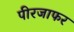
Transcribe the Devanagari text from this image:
पीरजाफर